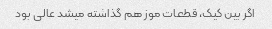
اگر بین کیک، قطعات موز هم گذاشته میشد عالی بود